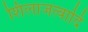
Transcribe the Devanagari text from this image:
शिलाजत्वादि